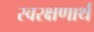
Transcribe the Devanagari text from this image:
स्वरक्षणार्थ